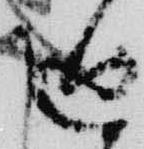
廻